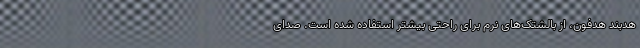
هدبند هدفون، از بالشتک‌های نرم برای راحتی بیشتر استفاده شده است. صدای